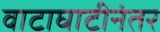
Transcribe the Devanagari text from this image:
वाटाघाटीनंतर